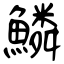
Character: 鱗